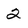
Character: 2